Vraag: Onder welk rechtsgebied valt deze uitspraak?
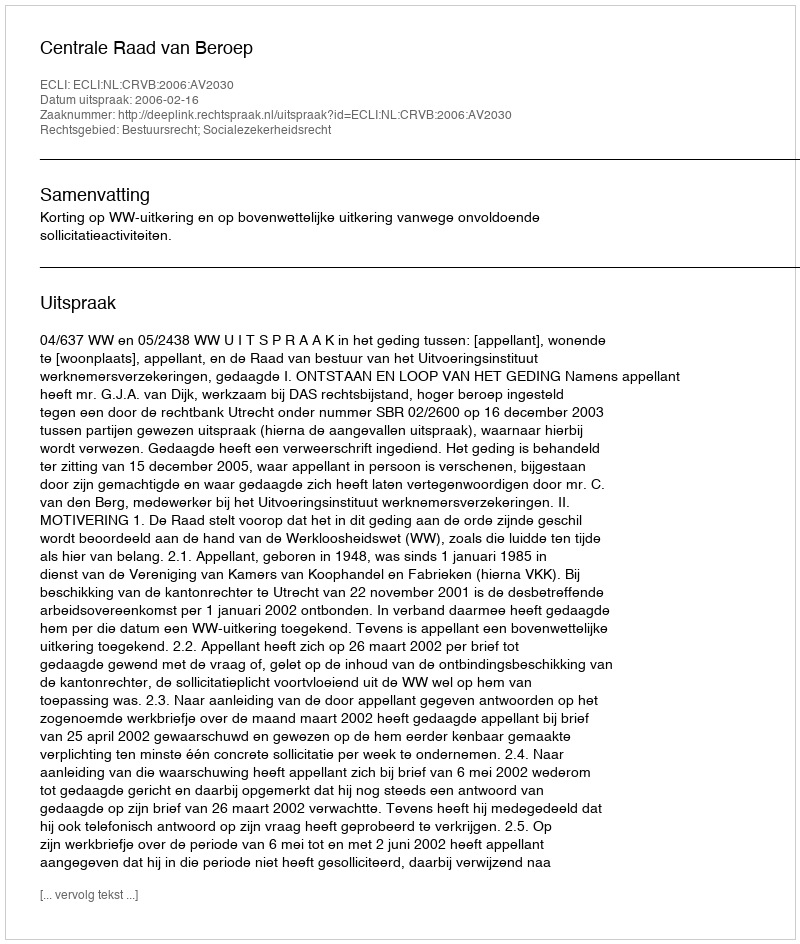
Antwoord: Bestuursrecht; Socialezekerheidsrecht